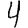
Digit: 4